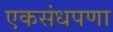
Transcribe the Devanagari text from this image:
एकसंधपणा